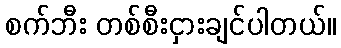
စက်ဘီး တစ်စီးငှားချင်ပါတယ်။